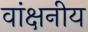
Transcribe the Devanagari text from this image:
वांक्षनीय